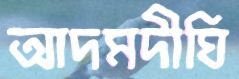
আদমদীঘি